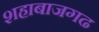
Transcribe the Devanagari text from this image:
शहाबाजगढ